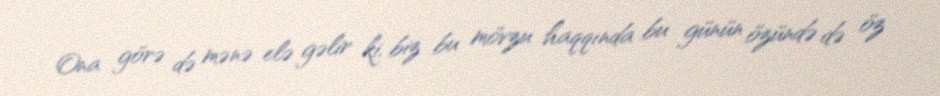
Ona görə də mənə elə gəlir ki, biz bu mövzu haqqında bu günün özündə də öz